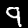
Digit: 9